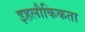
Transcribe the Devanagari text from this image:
इहलौकिकता